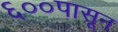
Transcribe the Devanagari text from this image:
६००पासून